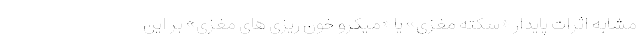
مشابه اثرات پایدار «سکته مغزی» یا «میکرو خون ریزی های مغزی» بر این